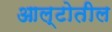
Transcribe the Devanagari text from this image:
आल्टोतील